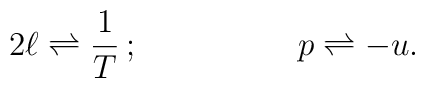
2\ell \rightleftharpoons \frac{1}{T}\,; \hskip 2cm p\rightleftharpoons -u.